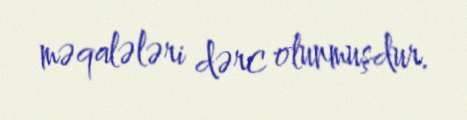
məqalələri dərc olunmuşdur.